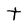
Character: t